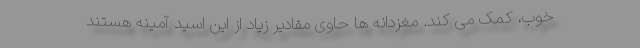
خوب، کمک می کند. مغزدانه ها حاوی مقادیر زیاد از این اسید آمینه هستند